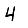
Digit: 4